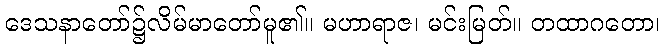
ဒေသနာတော်၌လိမ်မာတော်မူ၏။ မဟာရာဇ၊ မင်းမြတ်။ တထာဂတော၊